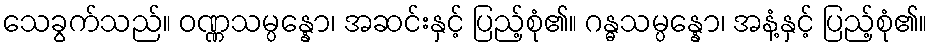
သေခွက်သည်။ ဝဏ္ဏသမ္ပန္နော၊ အဆင်းနှင့် ပြည့်စုံ၏။ ဂန္ဓသမ္ပန္နော၊ အနံ့နှင့် ပြည့်စုံ၏။